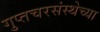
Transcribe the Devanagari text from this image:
गुप्तचरसंस्थेच्या